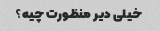
خیلی دیر منظورت چیه؟